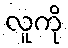
လူကို